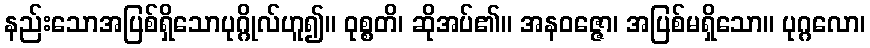
နည်းသောအပြစ်ရှိသောပုဂ္ဂိုလ်ဟူ၍။ ဝုစ္စတိ၊ ဆိုအပ်၏။ အနဝဇ္ဇော၊ အပြစ်မရှိသော။ ပုဂ္ဂလော၊